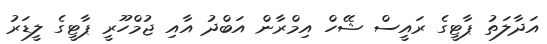
އަދާލަތު ޕާޓީގެ ރައީސް ޝޭހް އިމްރާން އަބްދު އާއި ޖުމްހޫރީ ޕާޓީގެ ލީޑަރު